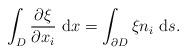
LaTeX: \begin{align*}\int_D\frac{\partial \xi }{\partial x_i}\ {\rm d}x= \int_{\partial D}{\xi }n_i\ {\rm d}s.\end{align*}